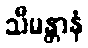
သီမန္တာနံ